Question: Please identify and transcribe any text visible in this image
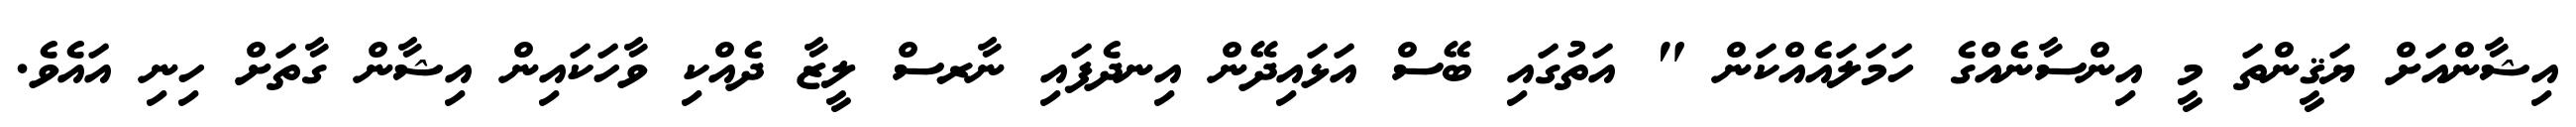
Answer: އިޝާންއަށް ޔަޤީންތަ މީ އިންސާނެއްގެ ހަމަލައެއްކަން " އަތުގައި ބޭސް އަޅައިދޭން އިނދެފައި ނާރސް ލީޒާ ދެއްކި ވާހަކައިން އިޝާން ގާތަށް ހިނި އައެވެ.